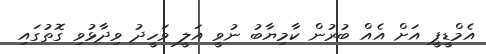
އެމްޑީޕީ އަށް އެއް ބުރުން ކާމިޔާބު ނުވީ އަލީ ވަހީދު ވިދާޅުވި ގޮތުގައި